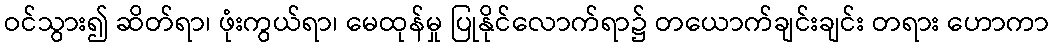
ဝင်သွား၍ ဆိတ်ရာ၊ ဖုံးကွယ်ရာ၊ မေထုန်မှု ပြုနိုင်လောက်ရာ၌ တယောက်ချင်းချင်း တရား ဟောကာ